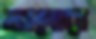
আগোরা